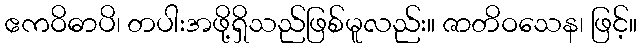
ဧကဝိဓာပိ၊ တပါးအဖို့ရှိသည်ဖြစ်မူလည်း။ ဇာတိဝသေန၊ ဖြင့်။